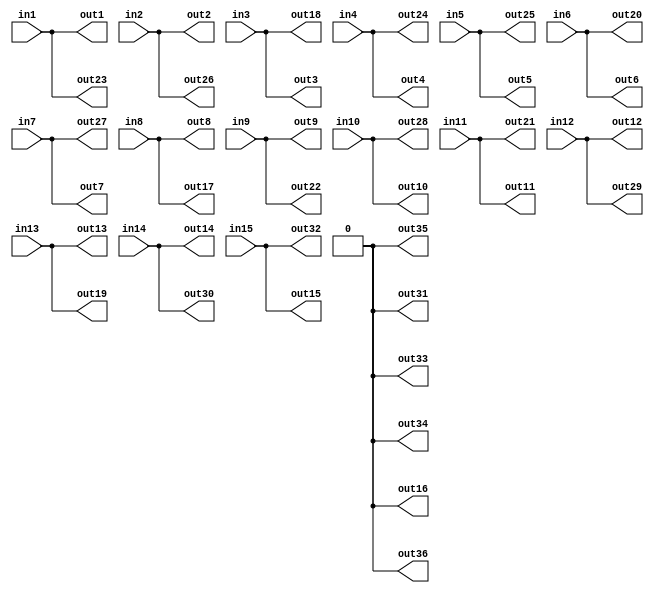
module randomGen(in1, in2, in3, in4, in5, in6, in7, in8, in9, in10, in11, in12, in13, in14, in15, out1, out2, out3, out4, out5, out6, out7, out8, out9, out10, out11, out12, out13, out14, out15, out16, out17, out18, out19, out20, out21, out22, out23, out24, out25, out26, out27, out28, out29, out30, out31, out32, out33, out34, out35, out36);

input in1, in2, in3, in4, in5, in6, in7, in8, in9, in10, in11, in12, in13, in14, in15;
output out1, out2, out3, out4, out5, out6, out7, out8, out9, out10, out11, out12, out13, out14, out15, out16, out17, out18, out19, out20, out21, out22, out23, out24, out25, out26, out27, out28, out29, out30, out31, out32, out33, out34, out35, out36;

assign out1 = in1;
assign out2 = in2;
assign out3 = in3;
assign out4 = in4;
assign out5 = in5;
assign out6 = in6;
assign out7 = in7;
assign out8 = in8;
assign out9 = in9;
assign out10 = in10;
assign out11 = in11;
assign out12 = in12;
assign out13 = in13;
assign out14 = in14;
assign out15 = in15;
assign out16 = 1'b0;
assign out17 = in8;
assign out18 = in3;
assign out19 = in13;
assign out20 = in6;
assign out21 = in11;
assign out22 = in9;
assign out23 = in1;
assign out24 = in4;
assign out25 = in5;
assign out26 = in2;
assign out27 = in7;
assign out28 = in10;
assign out29 = in12;
assign out30 = in14;
assign out31 = 1'b0;
assign out32 = in15;
assign out33 = 1'b0;
assign out34 = 1'b0;
assign out35 = 1'b0;
assign out36 = 1'b0;

endmodule